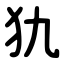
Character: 犰